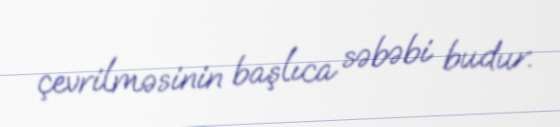
çevrilməsinin başlıca səbəbi budur.